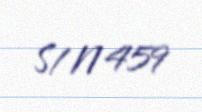
S/N 459